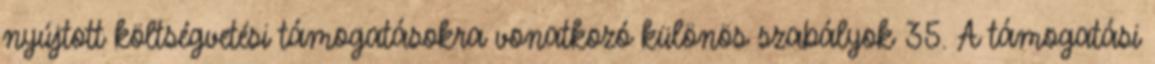
nyújtott költségvetési támogatásokra vonatkozó különös szabályok 35. A támogatási